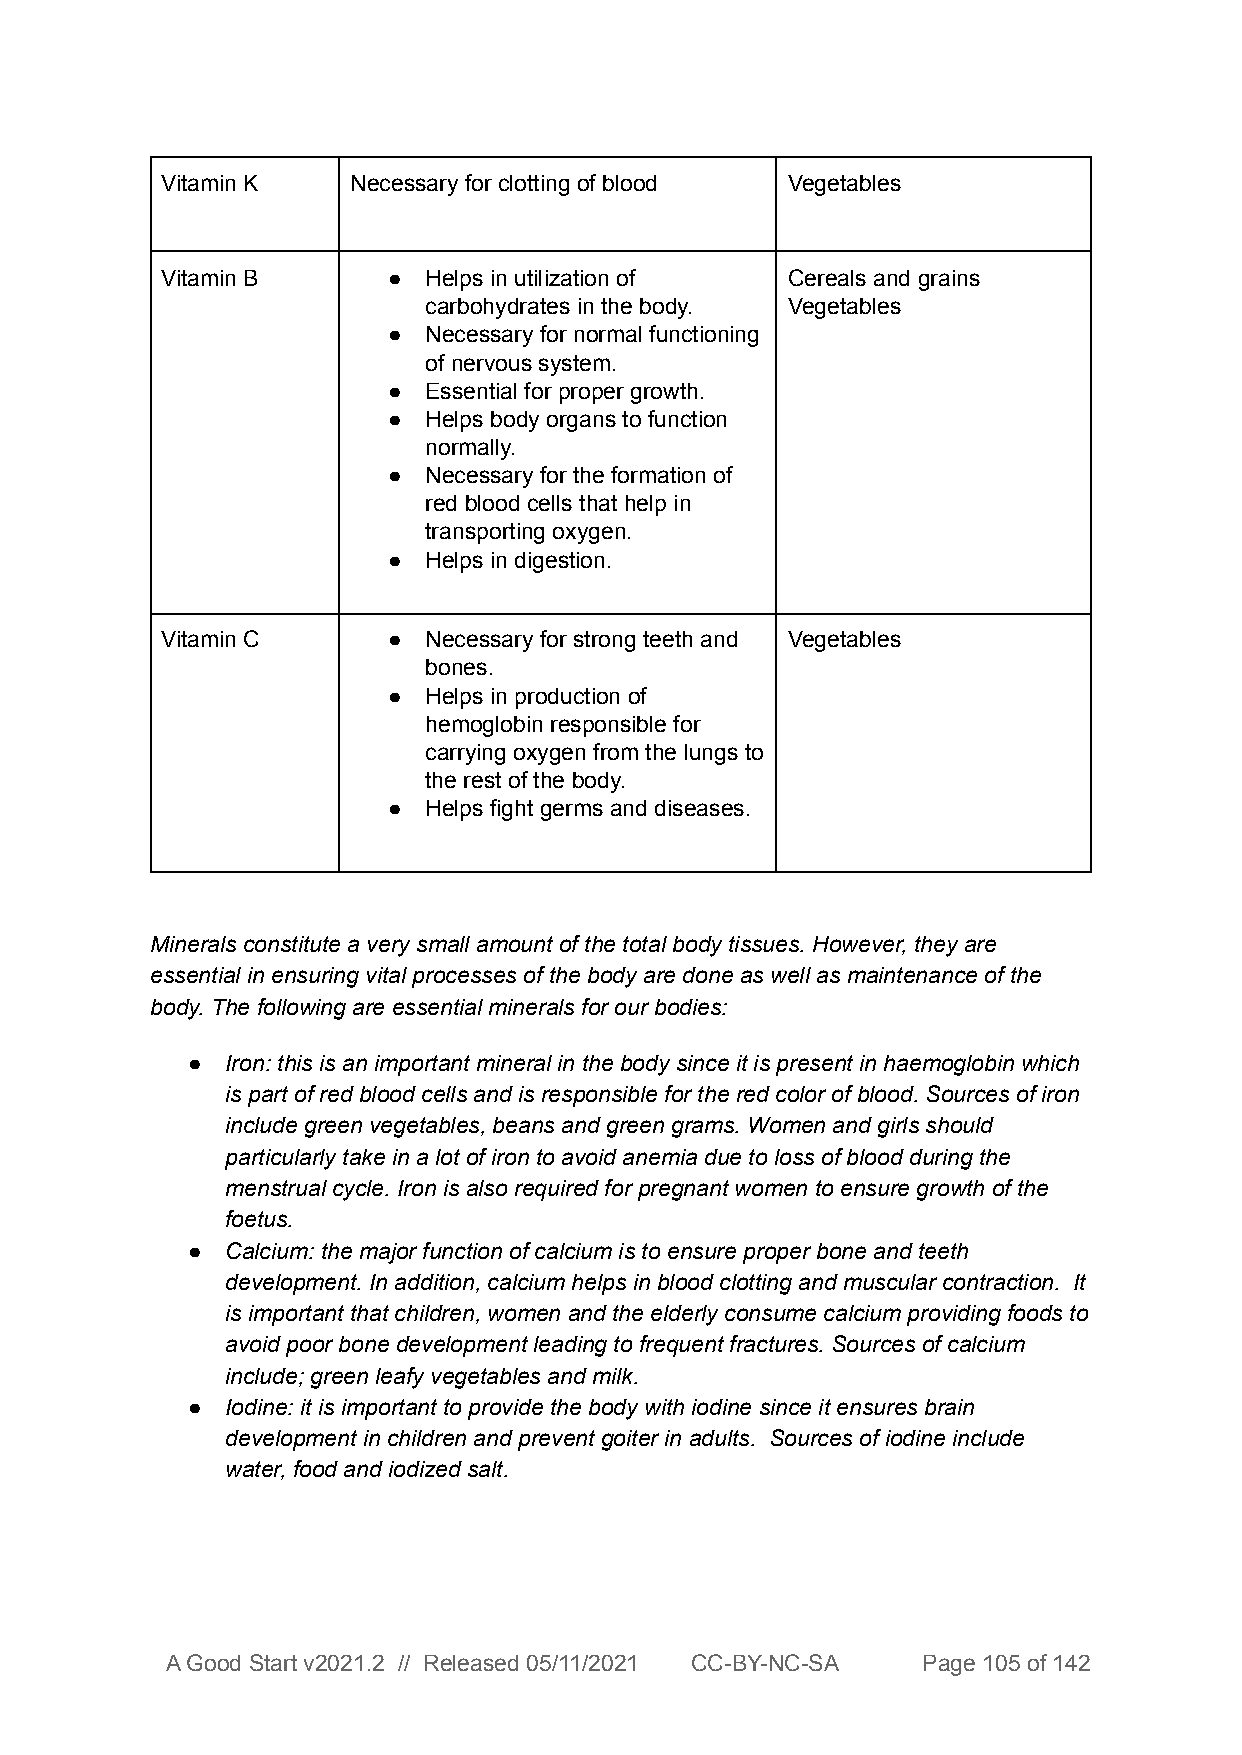
Vitamin K   Necessary for clotting of blood Vegetables
 Vitamin B      ● Helps in utilization of Cereals and grains
 carbohydrates in the body. Vegetables
 ● Necessary for normal functioning
 of nervous system.
 ● Essential for proper growth.
 ● Helps body organs to function
 normally.
 ● Necessary for the formation of
 red blood cells that help in
 transporting oxygen.
 ● Helps in digestion.
 Vitamin C      ● Necessary for strong teeth and Vegetables
 bones.
 ● Helps in production of
 hemoglobin responsible for
 carrying oxygen from the lungs to
 the rest of the body.
 ● Helps fight germs and diseases.
 Minerals constitute a very small amount of the total body tissues. However, they are
 essential in ensuring vital processes of the body are done as well as maintenance of the
 body. The following are essential minerals for our bodies:
 ●  Iron: this is an important mineral in the body since it is present in haemoglobin which
 is part of red blood cells and is responsible for the red color of blood. Sources of iron
 include green vegetables, beans and green grams. Women and girls should
 particularly take in a lot of iron to avoid anemia due to loss of blood during the
 menstrual cycle. Iron is also required for pregnant women to ensure growth of the
 foetus.
 ●  Calcium: the major function of calcium is to ensure proper bone and teeth
 development. In addition, calcium helps in blood clotting and muscular contraction. It
 is important that children, women and the elderly consume calcium providing foods to
 avoid poor bone development leading to frequent fractures. Sources of calcium
 include; green leafy vegetables and milk.
 ●  Iodine: it is important to provide the body with iodine since it ensures brain
 development in children and prevent goiter in adults. Sources of iodine include
 water, food and iodized salt.
 A Good Start v2021.2 // Released 05/11/2021 CC-BY-NC-SA Page 105 of 142